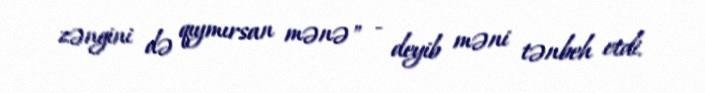
zəngini də qıymırsan mənə" - deyib məni tənbeh etdi.